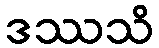
ဒဿသိ